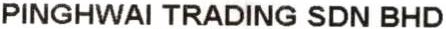
PINGHWAI TRADING SDN BHD